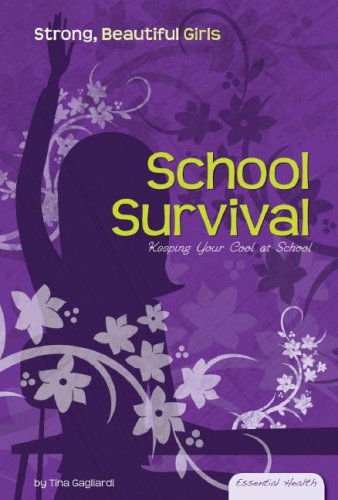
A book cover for School Survival: Keeping Your Cool at School (Essential Health: Strong Beautiful Girls); Tina Gagliardi; Teen & Young Adult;